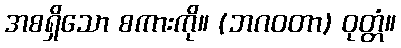
အစရှိသော စကားကို။ (ဘဂဝတာ) ဝုတ္တံ။